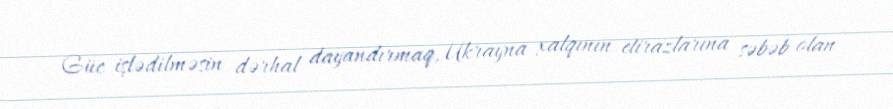
Güc işlədilməsin dərhal dayandırmaq, Ukrayna xalqının etirazlarına səbəb olan